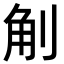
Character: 㓩